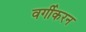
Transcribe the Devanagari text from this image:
वर्गीकरन